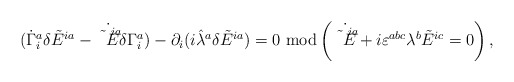
\begin{align*}(\dot\Gamma^a_i\delta\tilde E^{ia}-\dot{\tilde E^{ia}}\delta\Gamma^a_i)-\partial_i(i\hat\lambda^a\delta\tilde E^{ia})=0\ {\rm mod}\left(\dot{\tilde E^{ia}}+i\varepsilon^{abc}\lambda^b\tilde E^{ic}=0\right),\end{align*}